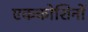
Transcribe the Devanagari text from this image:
एककोशिनों